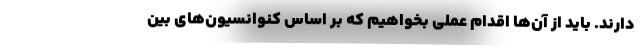
دارند. باید از آن‌ها اقدام عملی بخواهیم که بر اساس کنوانسیون‌های بین